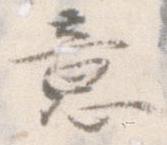
意